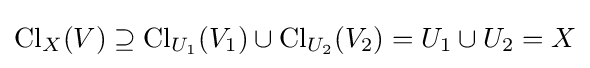
\operatorname {Cl} _{X}(V)\supseteq {\operatorname {Cl} }_{U_{1}}(V_{1})\cup {\operatorname {Cl} }_{U_{2}}(V_{2})=U_{1}\cup U_{2}=X